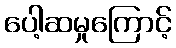
ပေါ့ဆမှုကြောင့်